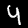
Digit: 4